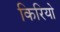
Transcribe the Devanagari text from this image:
किरियो